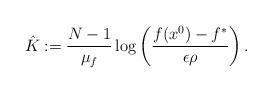
LaTeX: \begin{align*}\hat{K}:=\frac{N-1}{\mu_f}\log\left(\frac{f(x^0)-f^\ast}{\epsilon\rho}\right).\end{align*}